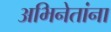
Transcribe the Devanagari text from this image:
अभिनेतांना